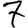
Digit: 7